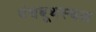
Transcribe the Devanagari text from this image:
पंचबूथस्थल